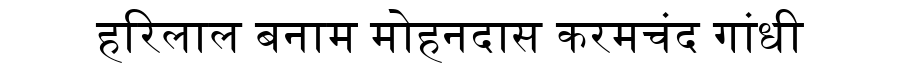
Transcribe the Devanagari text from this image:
हरिलाल बनाम मोहनदास करमचंद गांधी